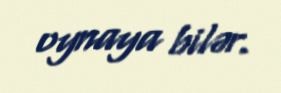
oynaya bilər.